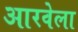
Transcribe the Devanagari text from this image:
आरवेला